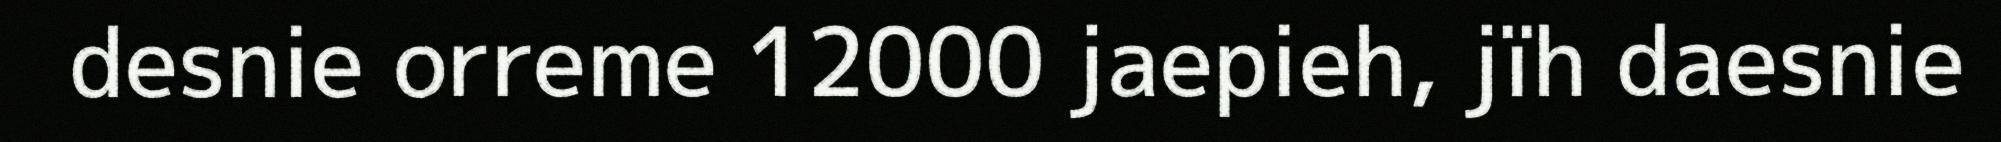
desnie orreme 12000 jaepieh, jïh daesnie